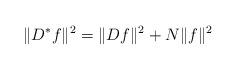
LaTeX: \begin{align*}\|D^* f\|^2=\|D f\|^2+N\|f\|^2\end{align*}